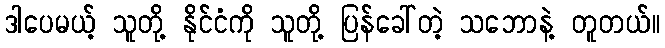
ဒါပေမယ့် သူတို့ နိုင်ငံကို သူတို့ ပြန်ခေါ်တဲ့ သဘောနဲ့ တူတယ်။